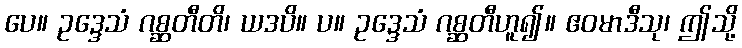
ပေ။ ဥဒ္ဒေသံ ဂစ္ဆတီတိ၊ ယဒပိ။ ပ။ ဥဒ္ဒေသံ ဂစ္ဆတီဟူ၍။ ဧဝမာဒီသု၊ ဤသို့